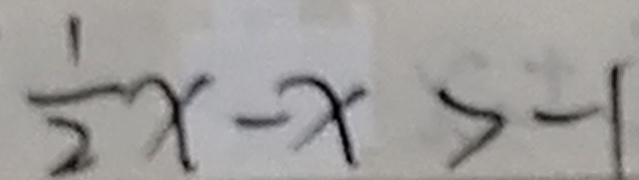
\frac { 1 } { 2 } x - x > - 1